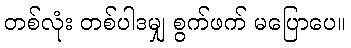
တစ်လုံး တစ်ပါဒမျှ စွက်ဖက် မပြောပေ။